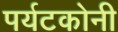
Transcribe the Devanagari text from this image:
पर्यटकोनी